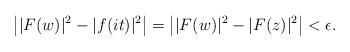
LaTeX: \begin{align*} \left| |F(w)|^2-|f(it)|^2 \right| = \left| |F(w)|^2-|F(z)|^2 \right|< \epsilon. \end{align*}